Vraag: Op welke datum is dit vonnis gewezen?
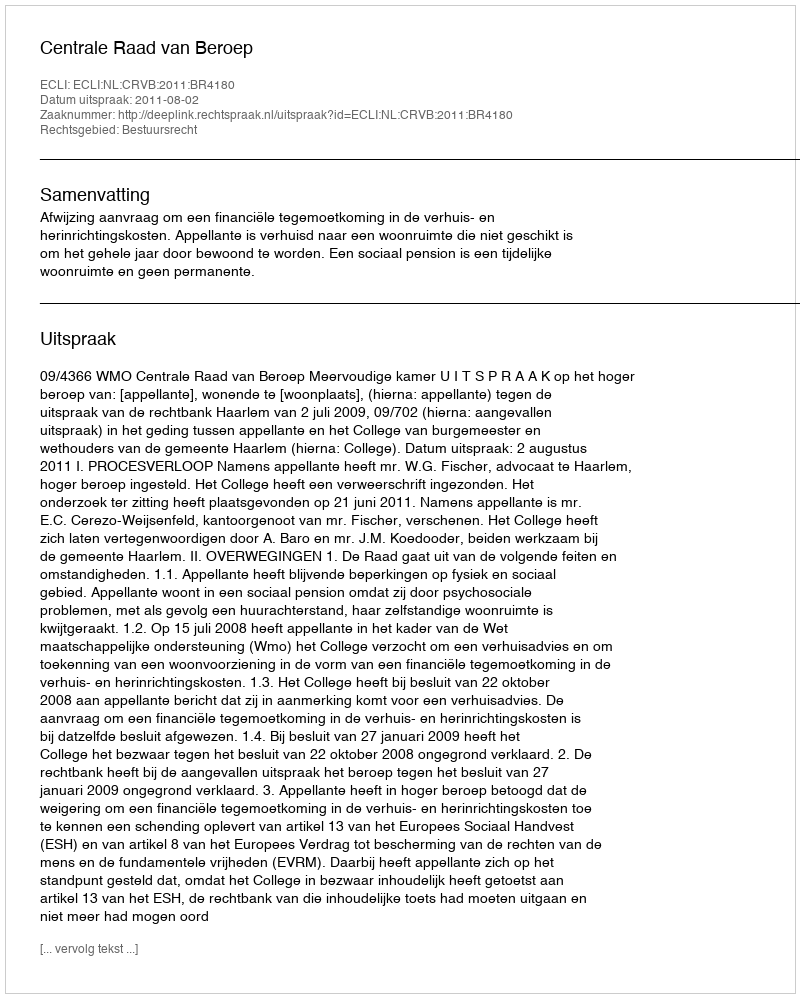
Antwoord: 2011-08-02